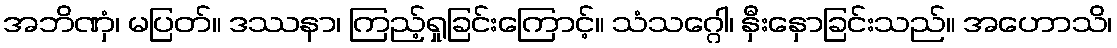
အဘိဏှံ၊ မပြတ်။ ဒဿနာ၊ ကြည့်ရှုခြင်းကြောင့်။ သံသဂ္ဂေါ၊ နှီးနှောခြင်းသည်။ အဟောသိ၊